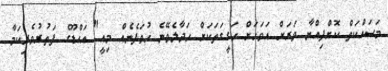
މަސައްކަތް ކޮށްފިއްޔާ ވަރަށް އަވަހަށް ހަގީގަތަކަށް ހަދާލެވޭނެ ހުވަފެނެއް މިއީ" އައްޑޫގެ ފަތުރުވެރިކަމާ